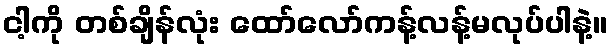
ငါ့ကို တစ်ချိန်လုံး ထော်လော်ကန့်လန့်မလုပ်ပါနဲ့။